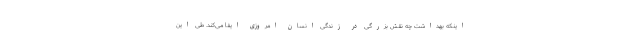
اینکه بهداشت چه نقش بزرگی در زندگی انسان امروزی ایفا می‌کند. طی این